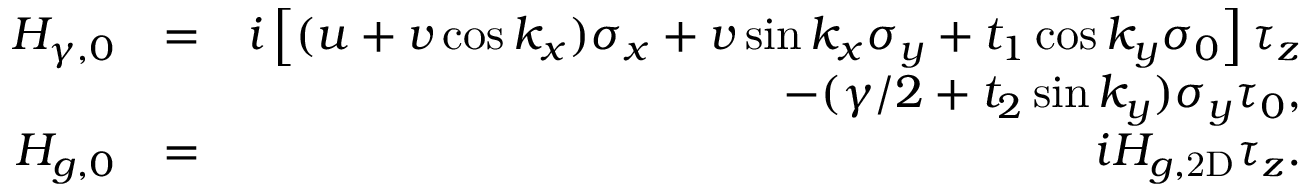
\begin{array} { r l r } { H _ { \gamma , 0 } } & { = } & { i \left[ ( u + v \cos k _ { x } ) \sigma _ { x } + v \sin k _ { x } \sigma _ { y } + t _ { 1 } \cos k _ { y } \sigma _ { 0 } \right] \tau _ { z } } \\ & { } & { - ( \gamma / 2 + t _ { 2 } \sin k _ { y } ) \sigma _ { y } \tau _ { 0 } , } \\ { H _ { g , 0 } } & { = } & { i H _ { g , \mathrm { 2 D } } \tau _ { z } . } \end{array}